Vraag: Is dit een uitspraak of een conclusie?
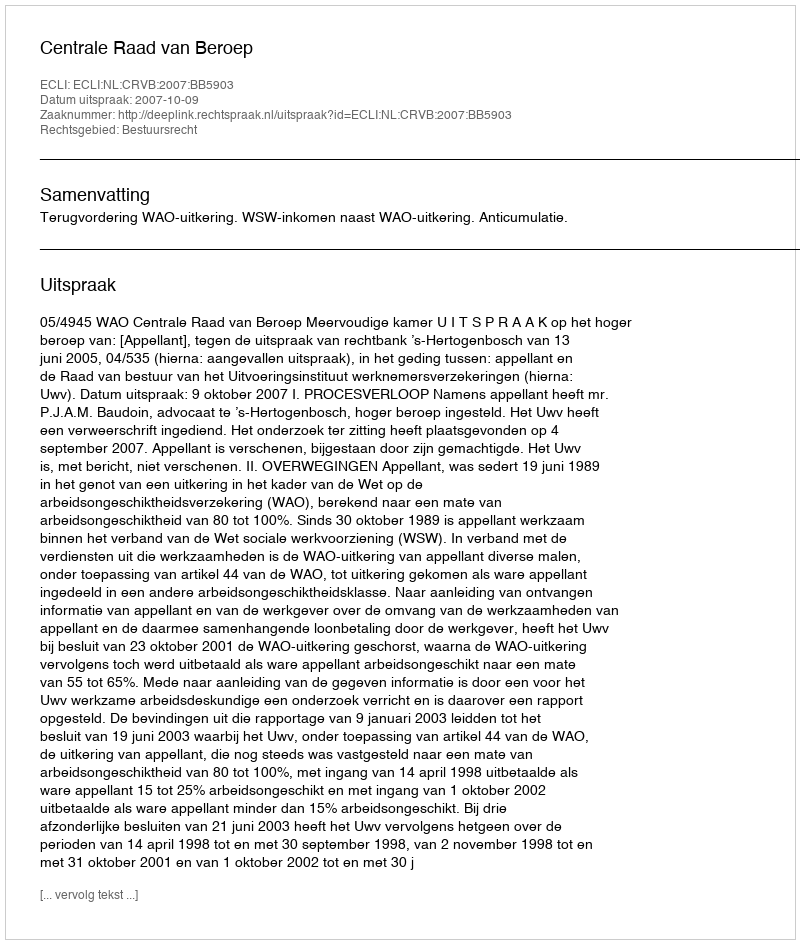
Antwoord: Uitspraak